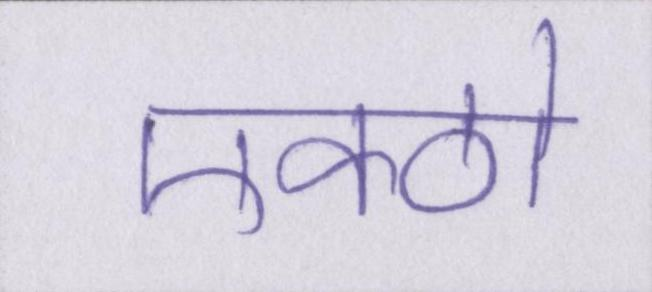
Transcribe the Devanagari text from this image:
एक्ठो